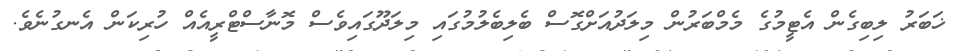
ޚަބަރު ލިބިގެން އެޓީމުގެ މެމްބަރުން މިލަދުއަށްގޮސް ބެލިބެލުމުގައި މިލަދޫގައިވެސް މޮނާސްޓްރީއެއް ހުރިކަން އެނގުނެވެ.